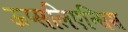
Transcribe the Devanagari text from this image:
ऊप्सलिएन्सिस